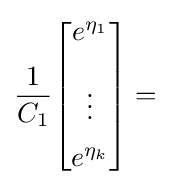
{\frac {1}{C_{1}}}{\begin{bmatrix}e^{\eta _{1}}\\[10pt]\vdots \\[5pt]e^{\eta _{k}}\end{bmatrix}}=